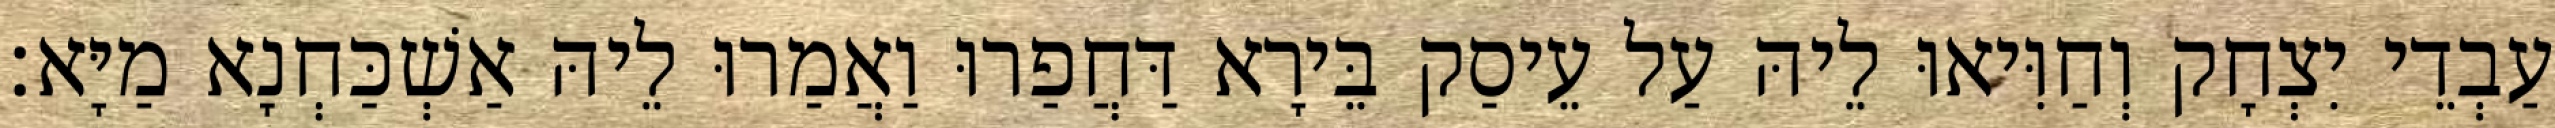
עַבְדֵי יִצְחָק וְחַוִּיאוּ לֵיהּ עַל עֵיסַק בֵּירָא דַּחֲפַרוּ וַאֲמַרוּ לֵיהּ אַשְׁכַּחְנָא מַיָּא׃